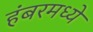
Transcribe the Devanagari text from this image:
हंबरमध्ये